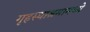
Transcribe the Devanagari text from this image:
गृहस्थाश्रमामध्ये